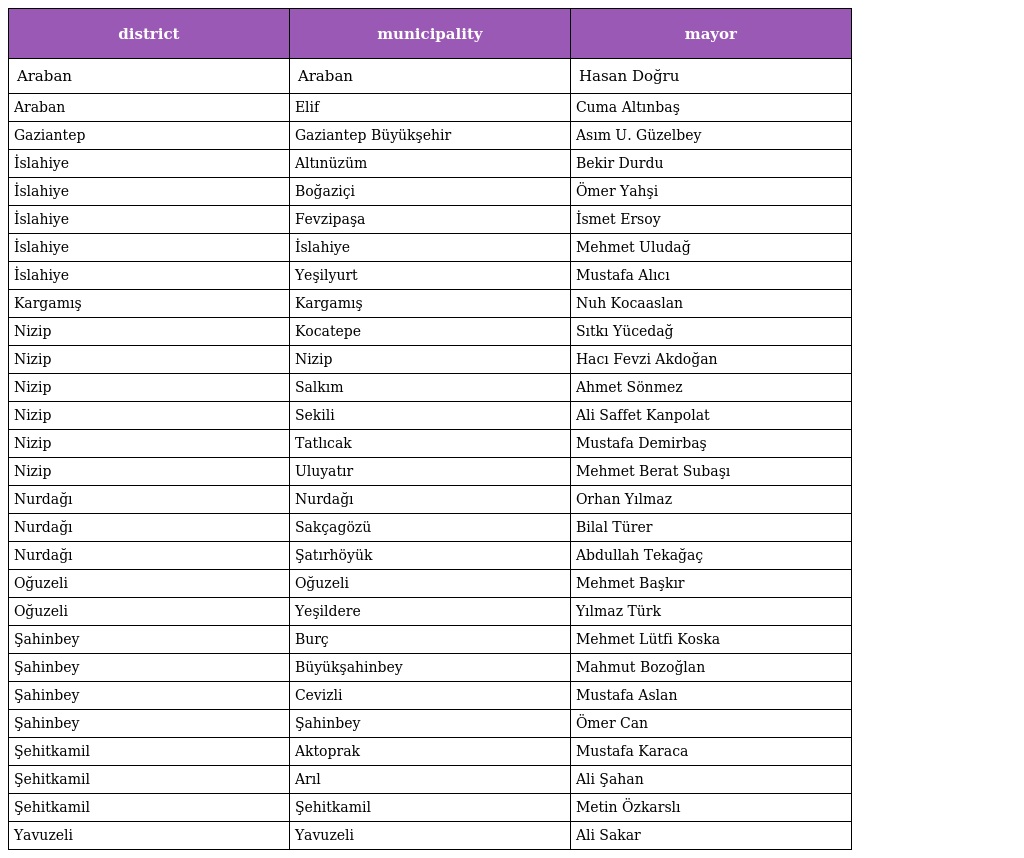
| district | municipality | mayor |
 | --- | --- | --- |
 | Araban | Araban | Hasan Doğru |
 | Araban | Elif | Cuma Altınbaş |
 | Gaziantep | Gaziantep Büyükşehir | Asım U. Güzelbey |
 | İslahiye | Altınüzüm | Bekir Durdu |
 | İslahiye | Boğaziçi | Ömer Yahşi |
 | İslahiye | Fevzipaşa | İsmet Ersoy |
 | İslahiye | İslahiye | Mehmet Uludağ |
 | İslahiye | Yeşilyurt | Mustafa Alıcı |
 | Kargamış | Kargamış | Nuh Kocaaslan |
 | Nizip | Kocatepe | Sıtkı Yücedağ |
 | Nizip | Nizip | Hacı Fevzi Akdoğan |
 | Nizip | Salkım | Ahmet Sönmez |
 | Nizip | Sekili | Ali Saffet Kanpolat |
 | Nizip | Tatlıcak | Mustafa Demirbaş |
 | Nizip | Uluyatır | Mehmet Berat Subaşı |
 | Nurdağı | Nurdağı | Orhan Yılmaz |
 | Nurdağı | Sakçagözü | Bilal Türer |
 | Nurdağı | Şatırhöyük | Abdullah Tekağaç |
 | Oğuzeli | Oğuzeli | Mehmet Başkır |
 | Oğuzeli | Yeşildere | Yılmaz Türk |
 | Şahinbey | Burç | Mehmet Lütfi Koska |
 | Şahinbey | Büyükşahinbey | Mahmut Bozoğlan |
 | Şahinbey | Cevizli | Mustafa Aslan |
 | Şahinbey | Şahinbey | Ömer Can |
 | Şehitkamil | Aktoprak | Mustafa Karaca |
 | Şehitkamil | Arıl | Ali Şahan |
 | Şehitkamil | Şehitkamil | Metin Özkarslı |
 | Yavuzeli | Yavuzeli | Ali Sakar |